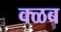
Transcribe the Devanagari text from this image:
क्ळब